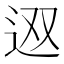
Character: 𨑱